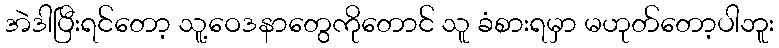
အဲဒါပြီးရင်တော့ သူ့ဝေဒနာတွေကိုတောင် သူ ခံစားရမှာ မဟုတ်တော့ပါဘူး